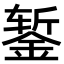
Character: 錾